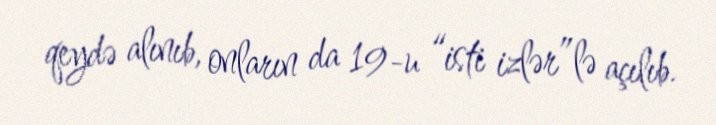
qeydə alınıb, onların da 19-u “isti izlər”lə açılıb.